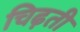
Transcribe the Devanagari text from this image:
चिढ़ती